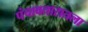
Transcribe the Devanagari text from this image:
पंचावतारातला